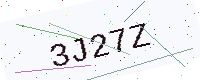
Text: 3J27Z